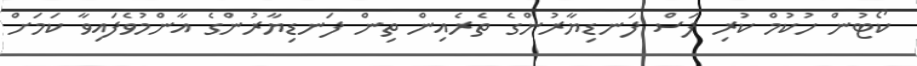
ކޯޓުން ހުކުމް ކުރި ފަސް ފަނޑިޔާރުންގެ ތެރެއިން ތިން ފަނޑިޔާރުންގެ އާންމުވެފައިވާ ކަމަށް